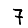
Digit: 7